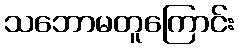
သဘောမတူကြောင်း